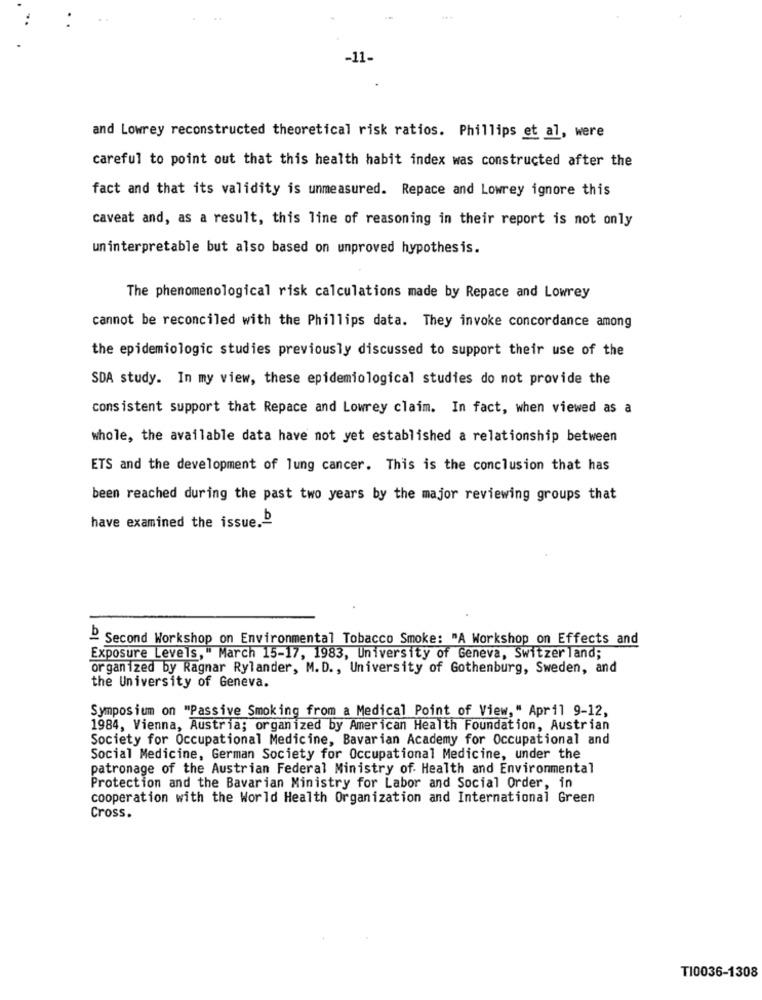
and Lowrey reconstructed theoretical risk ratios. Phillips et al, were
careful to point out that this health habit index was constructed after the
fact and that its validity is unmeasured. Repace and Lowrey ignore this
caveat and, as a result, this line of reasoning in their report is not only
uninterpretable but also based on unproved hypothesis.
The phenomenological risk calculations made by Repace and Lowrey
cannot be reconciled with the Phillips data. They invoke concordance among
the epidemiologic studies previously discussed to support their use of the
SDA study. In my view, these epidemiological studies do not provide the
consistent support that Repace and Lowrey claim. In fact, when viewed as a
whole, the available data have not yet established a relationship between
ETS and the development of lung cancer. This is the conclusion that has
been reached during the past two years by the major reviewing groups that
have examined the issue.D
" Second Workshop on Environmental Tobacco Smoke: "A Workshop on Effects and
Exposure Levels," March 15-17, 1983, University of Geneva, Switzerland;
organized by Ragnar Rylander, M. D ., University of Gothenburg, Sweden, and
the University of Geneva.
Symposium on "Passive Smoking from a Medical Point of View," April 9-12,
1984, Vienna, Austria; organized by American Health Foundation, Austrian
Society for Occupational Medicine, Bavarian Academy for Occupational and
Social Medicine, German Society for Occupational Medicine, under the
patronage of the Austrian Federal Ministry of Health and Environmental
Protection and the Bavarian Ministry for Labor and Social Order, in
cooperation with the World Health Organization and International Green
Cross.
TI0036-1308